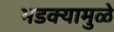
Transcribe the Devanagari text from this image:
भडक्यामुळे